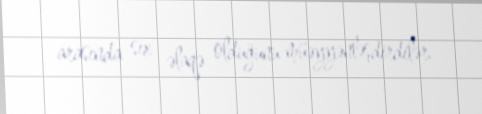
arasında sıx əlaqə olduğunu müəyyənləşdirdilər.